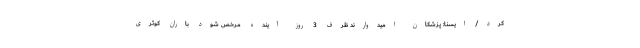
کرد/ ایسنا: پزشکان امیدوارند ظرف 3 روز آینده مرخص شود باران کوثری